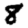
Digit: 8